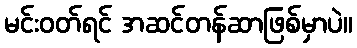
မင်းဝတ်ရင် အဆင်တန်ဆာဖြစ်မှာပဲ။